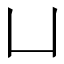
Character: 凵